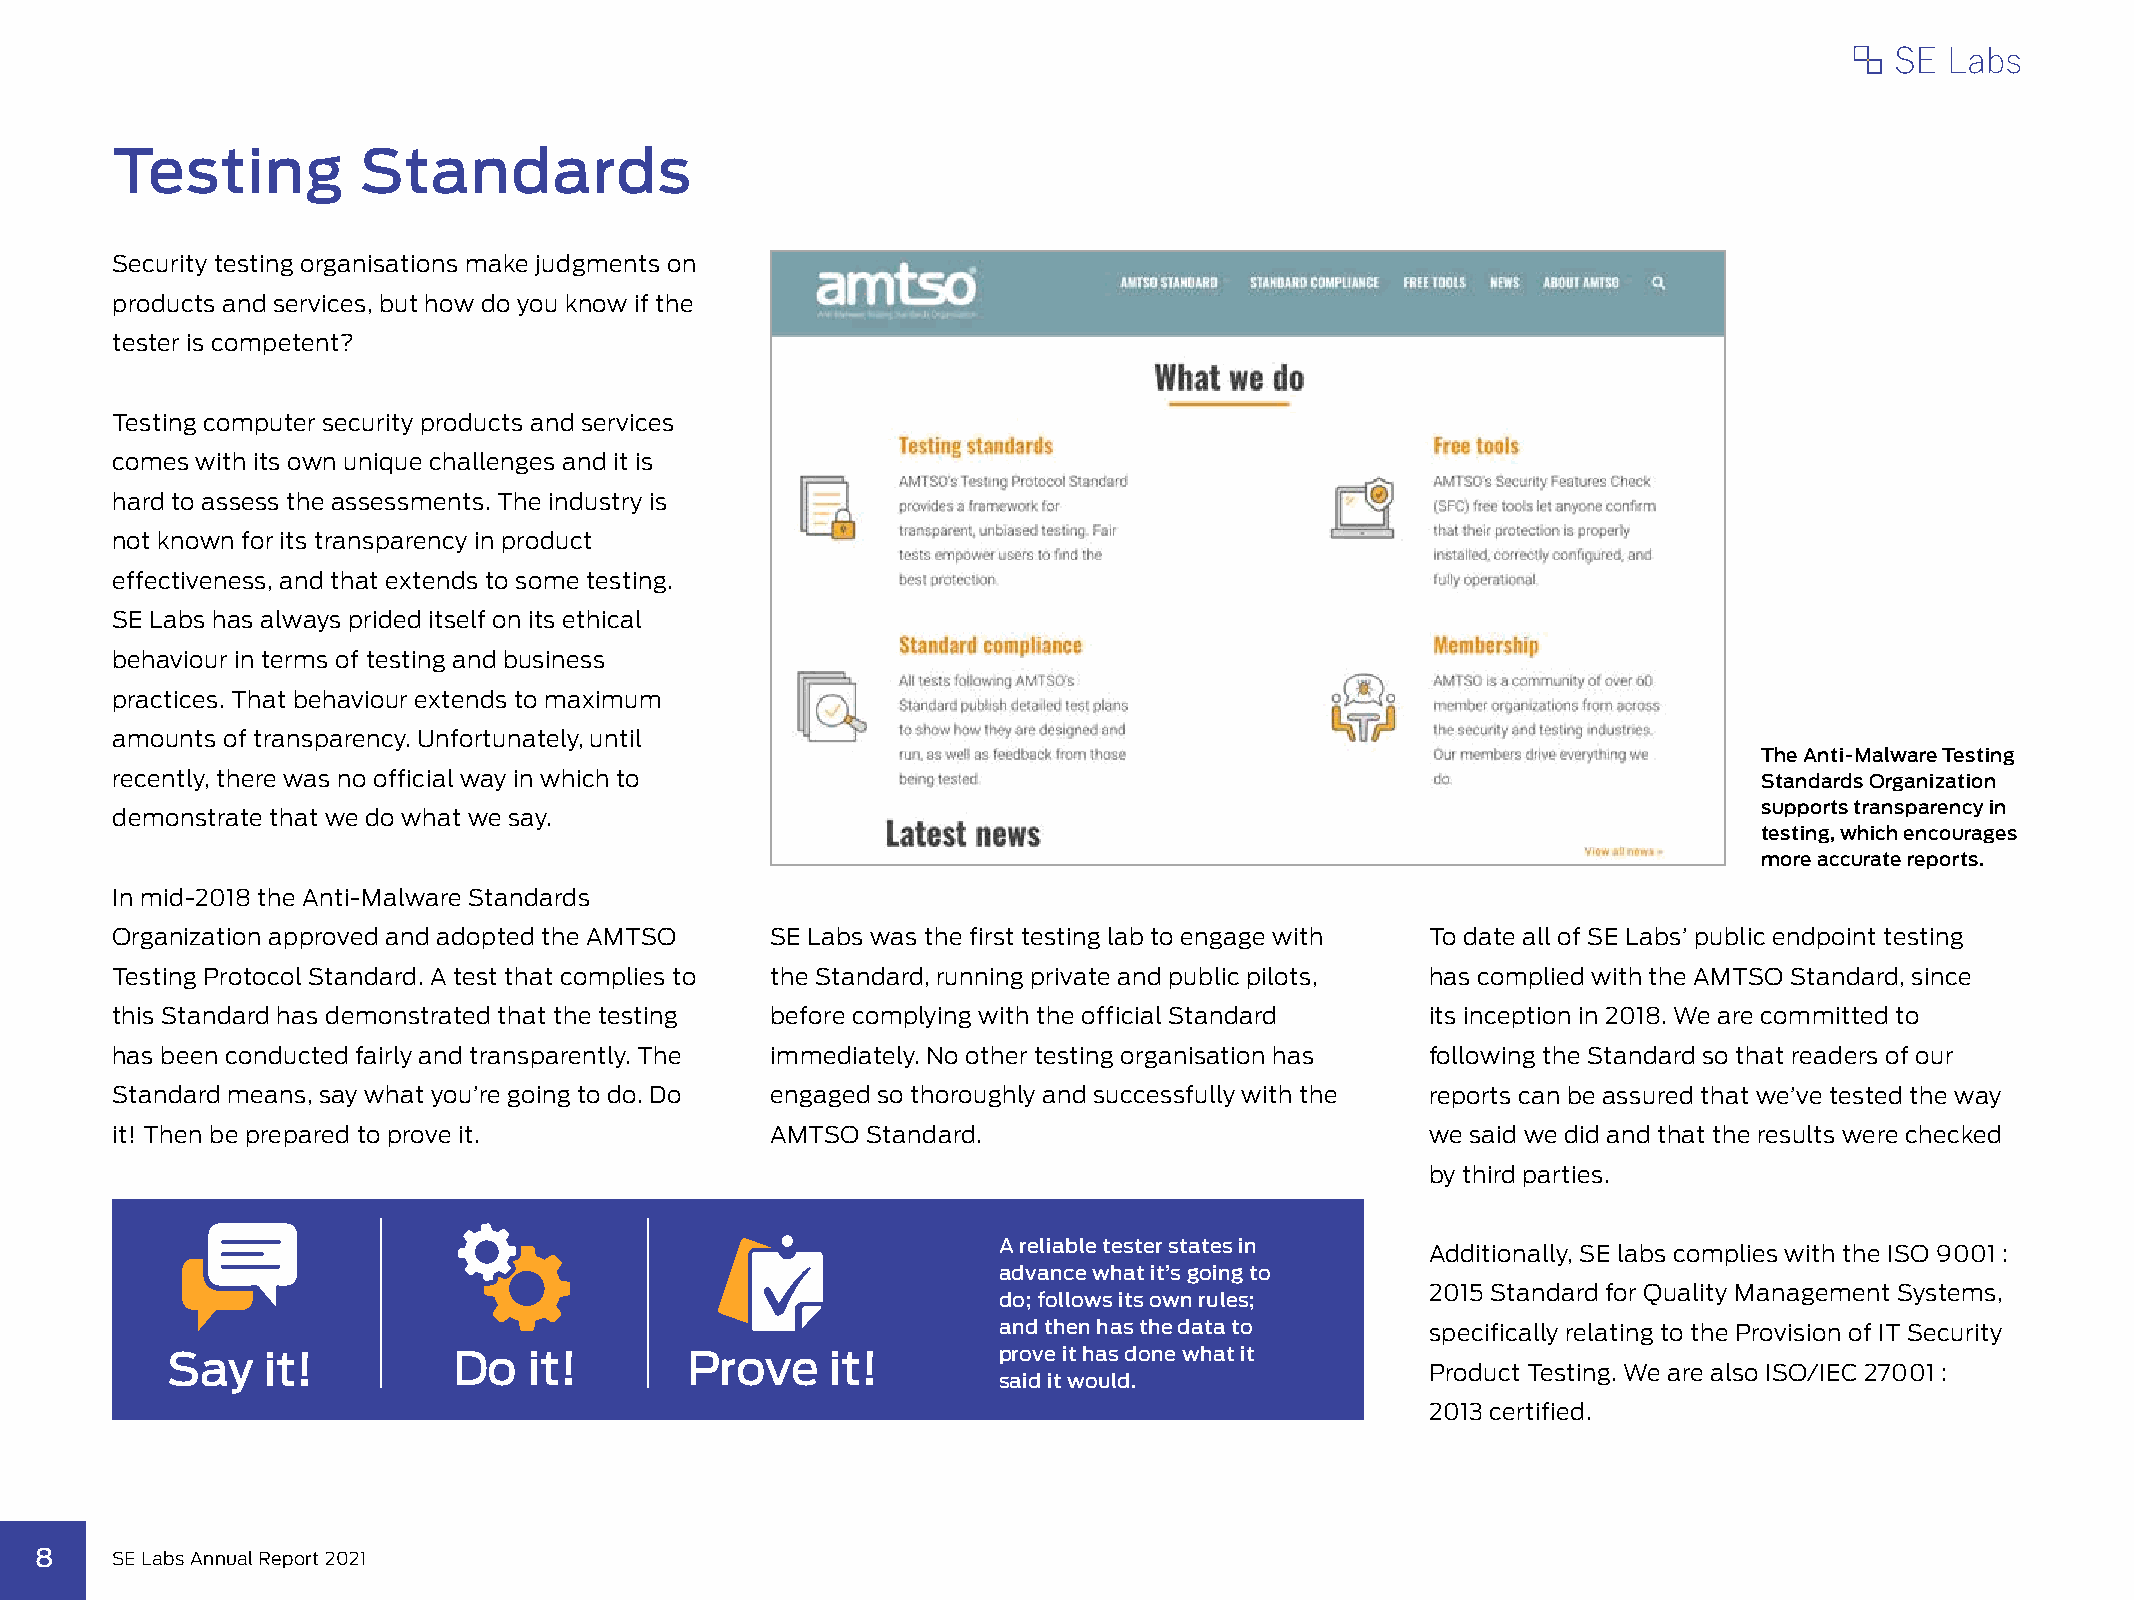
Testing          Standards
 Security testing organisations make judgments on
 products and services, but how do you know if the
 tester is competent?
 Testing computer security products and services
 comes with its own unique challenges and it is
 hard to assess the assessments. The industry is
 not known for its transparency in product
 effectiveness, and that extends to some testing.
 SE Labs has always prided itself on its ethical
 behaviour in terms of testing and business
 practices. That behaviour extends to maximum
 amounts of transparency. Unfortunately, until
 The Anti-Malware Testing
 recently, there was no official way in which to                                                               Standards Organization
 supports transparency in
 demonstrate that we do what we say.
 testing, which encourages
 more accurate reports.
 In mid-2018 the Anti-Malware Standards
 Organization approved and adopted the AMTSO SE Labs was the first testing lab to engage with To date all of SE Labs’ public endpoint testing
 Testing Protocol Standard. A test that complies to the Standard, running private and public pilots, has complied with the AMTSO Standard, since
 this Standard has demonstrated that the testing before complying with the official Standard its inception in 2018. We are committed to
 has been conducted fairly and transparently. The immediately. No other testing organisation has following the Standard so that readers of our
 Standard means, say what you’re going to do. Do engaged so thoroughly and successfully with the reports can be assured that we’ve tested the way
 it! Then be prepared to prove it.           AMTSO Standard.                             we said we did and that the results were checked
 by third parties.
 A reliable tester states in
 Additionally, SE labs complies with the ISO 9001 :
 advance what it’s going to
 2015 Standard for Quality Management Systems,
 do; follows its own rules;
 and then has the data to     specifically relating to the Provision of IT Security
 Say   it!          Do   it!       Prove     it!        prove it has done what it
 Product Testing. We are also ISO/IEC 27001 :
 said it would.
 2013 certified.
 8    SE Labs Annual Report 2021